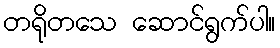
တရိုတသေ ဆောင်ရွက်ပါ။